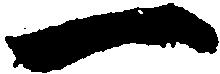
一